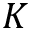
K